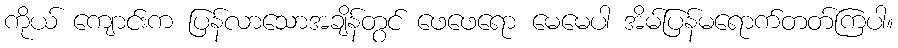
ကိုယ် ကျောင်းက ပြန်လာသောအချိန်တွင် ဖေဖေရော မေမေပါ အိမ်ပြန်မရောက်တတ်ကြပါ။